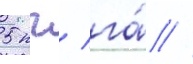
5 кг/ га́ //